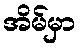
အိမ်မှာ